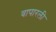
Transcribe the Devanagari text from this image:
वापारली